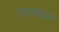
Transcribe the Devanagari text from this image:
पायकान